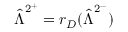
\hat { \boldsymbol { \Lambda } } ^ { 2 ^ { + } } = r _ { D } ( \hat { \boldsymbol { \Lambda } } ^ { 2 ^ { - } } )